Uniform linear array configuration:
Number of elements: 24
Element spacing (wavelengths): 0.5
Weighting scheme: cosine
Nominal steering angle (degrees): -15
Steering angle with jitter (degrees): -14.879
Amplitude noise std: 0.05
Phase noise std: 0.05

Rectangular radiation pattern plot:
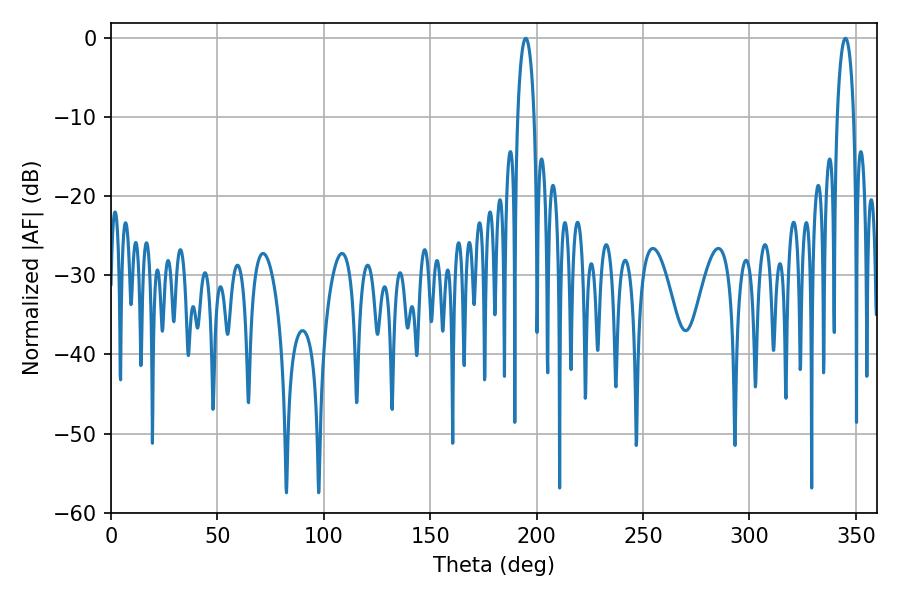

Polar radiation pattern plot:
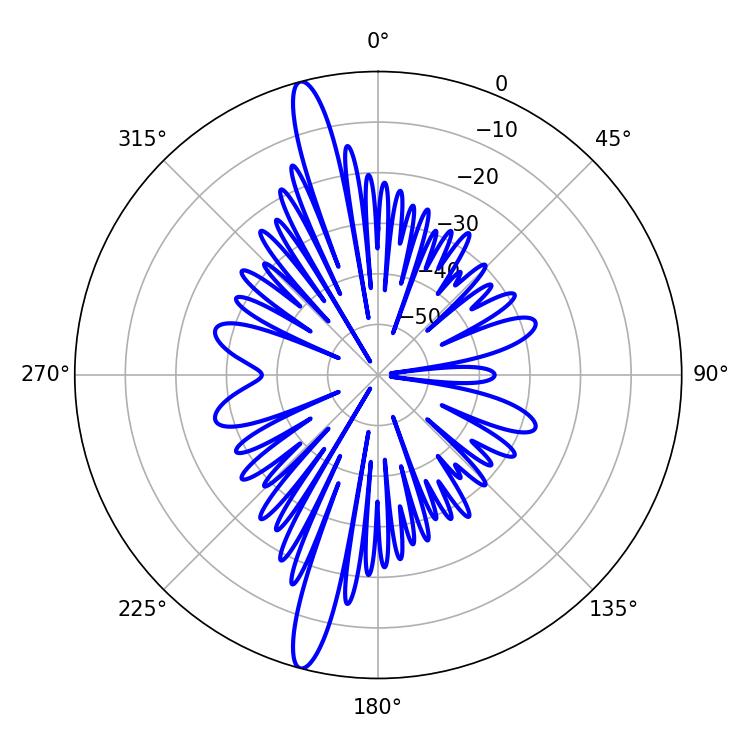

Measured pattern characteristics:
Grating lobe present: FALSE
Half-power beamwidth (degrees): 4.32
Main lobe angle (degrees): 194.94